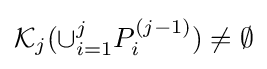
{\mathcal {K}}_{j}(\cup _{i=1}^{j}P_{i}^{(j-1)})\neq \emptyset